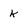
Character: k